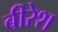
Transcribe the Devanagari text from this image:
बीरेश